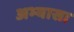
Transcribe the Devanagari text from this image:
अभ्यासा